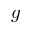
\boldsymbol { g }